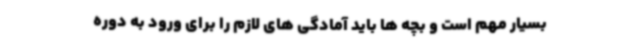
بسیار مهم است و بچه ها باید آمادگی های لازم را برای ورود به دوره